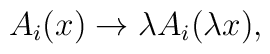
A_i(x) \rightarrow \lambda A_i (\lambda x),